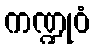
ကဏ္ဍုဝံ